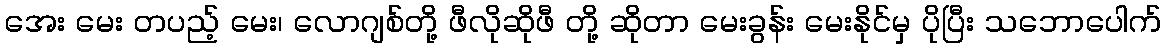
အေး မေး တပည့် မေး၊ လောဂျစ်တို့ ဖီလိုဆိုဖီ တို့ ဆိုတာ မေးခွန်း မေးနိုင်မှ ပိုပြီး သဘောပေါက်